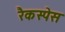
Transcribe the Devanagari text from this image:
रैकस्पेस